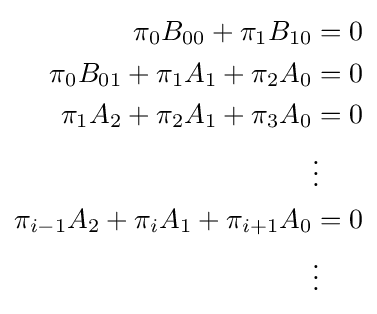
{\begin{aligned}\pi _{0}B_{00}+\pi _{1}B_{10}&=0\\\pi _{0}B_{01}+\pi _{1}A_{1}+\pi _{2}A_{0}&=0\\\pi _{1}A_{2}+\pi _{2}A_{1}+\pi _{3}A_{0}&=0\\&\vdots \\\pi _{i-1}A_{2}+\pi _{i}A_{1}+\pi _{i+1}A_{0}&=0\\&\vdots \\\end{aligned}}